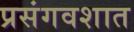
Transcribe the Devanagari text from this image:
प्रसंगवशात